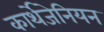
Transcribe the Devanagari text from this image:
कार्थेजेनियन